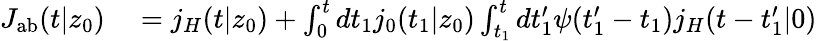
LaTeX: \begin{array}{rl}{J_{\mathrm{{ab}}}(t|z_{0})}&{{}=j_{H}(t|z_{0})+\int_{0}^{t}dt_{1}j_{0}(t_{1}|z_{0})\int_{t_{1}}^{t}dt_{1}^{\prime}\psi(t_{1}^{\prime}-t_{1})j_{H}(t-t_{1}^{\prime}|0)}\end{array}